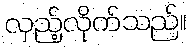
လှည့်လိုက်သည်။